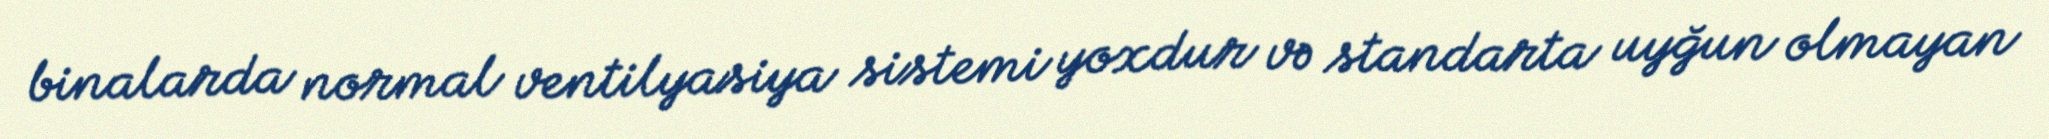
binalarda normal ventilyasiya sistemi yoxdur və standarta uyğun olmayan